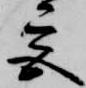
宮